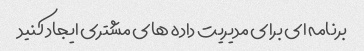
برنامه ای برای مدیریت داده های مشتری ایجاد کنید